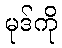
မုဒ်ကို